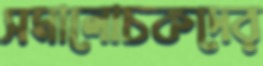
সমালোচকদের